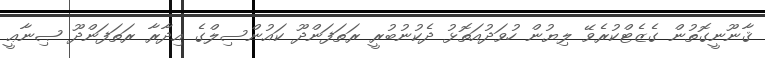
ޤާނޫނީގޮތުން ގެޒެޓްކުރެވޭ ލިޔުން ހުވަދުއަތޮޅު ދެކުނުބުރީ ރަތަފަންދޫ ކައުންސިލްގެ އިދާރާ ރަތަފަންދޫ ޞިނާޢީ